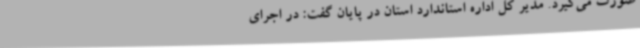
صورت می‌گیرد. مدیر کل اداره استاندارد استان در پایان گفت: در اجرای